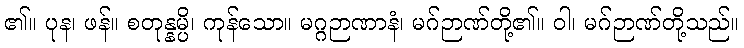
၏။ ပုန၊ ဖန်။ စတုန္နမ္ပိ၊ ကုန်သော။ မဂ္ဂဉာဏာနံ၊ မဂ်ဉာဏ်တို့၏။ ဝါ၊ မဂ်ဉာဏ်တို့သည်။